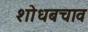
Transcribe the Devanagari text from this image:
शोधबचाव